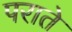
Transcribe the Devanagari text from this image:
पराते